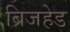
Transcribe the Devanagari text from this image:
ब्रिजहेड